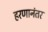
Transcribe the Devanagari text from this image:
हरणानंतर